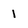
Character: 1